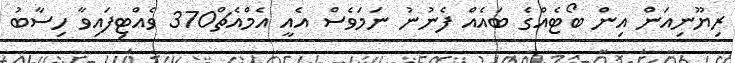
ރިޔޫނިއަން އިން ބޯޓެއްގެ ބައެއް ފެނުނު ނަމަވެސް އެއީ އެމްއެޗް370 ވެއްޓިފައިވާ ހިސާބު